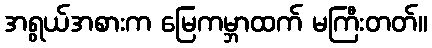
အရွယ်အစားက မြေကမ္ဘာထက် မကြီးတတ်။